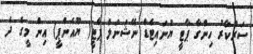
ސަރުކާރު ހިންގާ ޕާޓީ ޔުނައިޓެޑް ނޭޝަނަލް ޕާޓީ( ޔޫއެންޕީ) އިން މީގެ ދެ